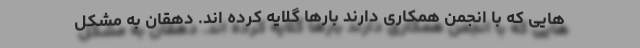
هایی که با انجمن همکاری دارند بارها گلایه کرده اند. دهقان به مشکل